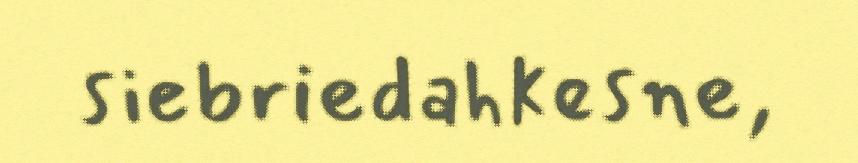
siebriedahkesne,